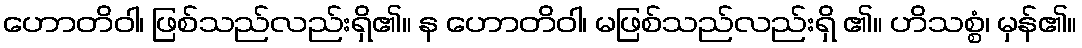
ဟောတိဝါ၊ ဖြစ်သည်လည်းရှိ၏။ န ဟောတိဝါ၊ မဖြစ်သည်လည်းရှိ ၏။ ဟိသစ္စံ၊ မှန်၏။